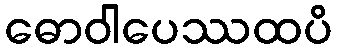
ဓောဝါပေဿထပိ